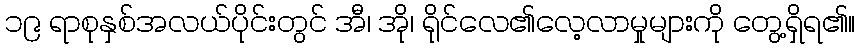
၁၉ ရာစုနှစ်အလယ်ပိုင်းတွင် အီ၊ အို၊ ရိုင်လေ၏လေ့လာမှုများကို တွေ့ရှိရ၏။